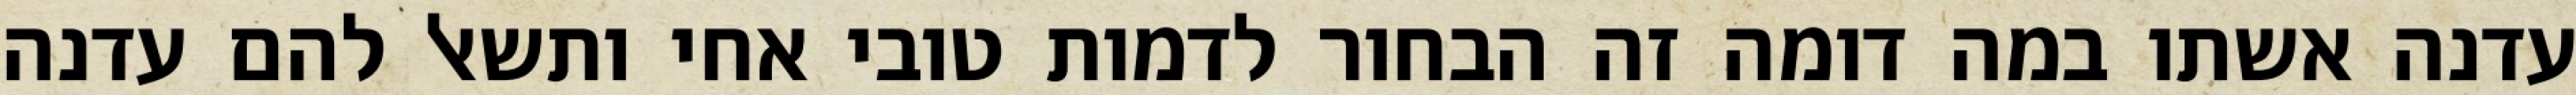
עדנה אשתו במה דומה זה הבחור לדמות טובי אחי ותשאל להם עדנה